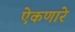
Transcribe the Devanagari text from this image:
ऐकणारे